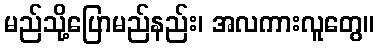
မည်သို့ပြောမည်နည်း၊ အလကားလူတွေ။